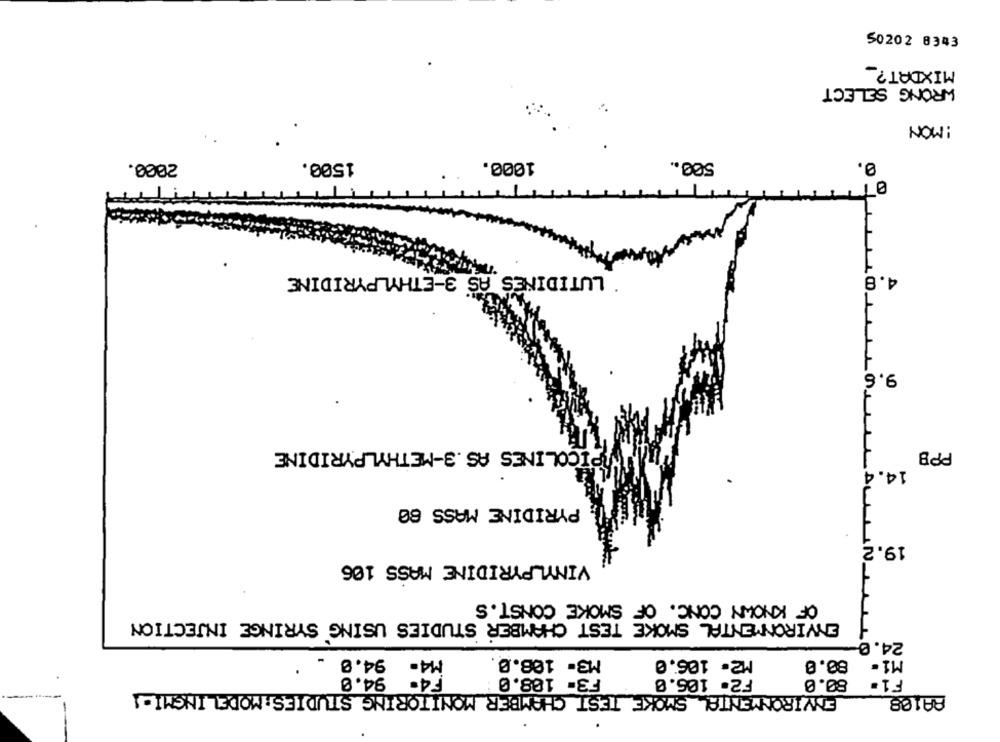
50202 8343
MIXDAT ?_
WRONG SELECT
: MON
2000.
1500.
1000.
500 ..
0.
LUTIDINES AS 3-ETHYLPYRIDINE
4.8
9.6
NOPICOLINES AS.3-METHYLPYRIDINE
PPB
14.4
PYRIDINE MASS 60
19.2
VINYLPYRIDINE MASS 106
OF KNOWN CONC. OF SMOKE CONST. S
ENVIRONMENTAL SMOKE TEST CHAMBER STUDIES USING SYRINGE INJECTION
24.0
94.0
M4.
M3- 108.0
M2- 106.0
80.0
M1-
.
94.0
F4-
F3= 108.0:
F2- 106.0
80.0
F1.
ENVIRONMENTAL SMOKE TEST CHAMBER MONITORING STUDIES: MODELINGMI-
8A108